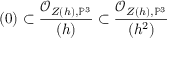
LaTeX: ( 0 ) \subset { \frac { { \mathcal { O } } _ { Z ( h ) , \mathbb { P } ^ { 3 } } } { ( h ) } } \subset { \frac { { \mathcal { O } } _ { Z ( h ) , \mathbb { P } ^ { 3 } } } { ( h ^ { 2 } ) } }